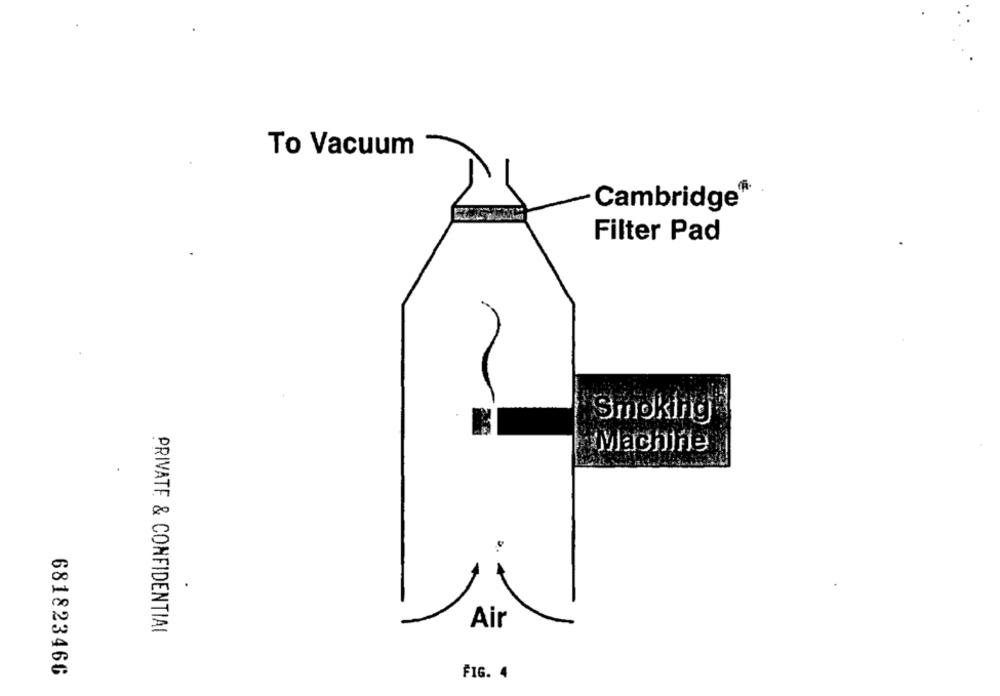
To Vacuum
Cambridge
Filter Pad
Smoking
Machine
.
Air
PRIVATE & CONFIDENTIAL
681823466
FIG. 4